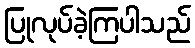
ပြုလုပ်ခဲ့ကြပါသည်